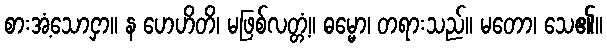
စားအံ့သောငှာ။ န ဟေဟိတိ၊ မဖြစ်လတ္တံ့။ ဓမ္မော၊ တရားသည်။ မတော၊ သေ၏။